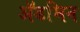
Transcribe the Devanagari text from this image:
ॲडमिन